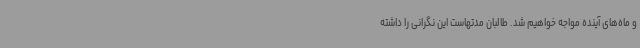
و ماه‌های آینده مواجه خواهیم شد. طالبان مدتهاست این نگرانی را داشته